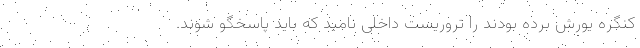
کنگره یورش برده بودند را تروریست داخلی نامید که باید پاسخگو شوند.